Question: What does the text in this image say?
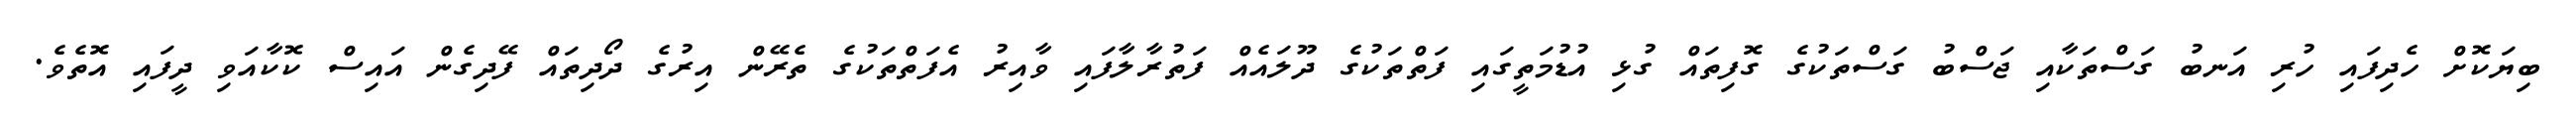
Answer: ބިޔަކޮށް ހެދިފައި ހުރި އަނބު ގަސްތަކާއި ޖަސްބު ގަސްތަކުގެ ގޮފިތައް ގުޅި އުޑުމަތީގައި ފަތްތަކުގެ ދޫލައެއް ފަތުރާލާފައި ވާއިރު އެފަތްތަކުގެ ތެރޭން އިރުގެ ދޯދިތައް ފޭދިގެން އައިސް ކޮކާއަވި ދީފައި އޮތެވެ.